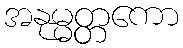
အနုမ္မတ္တကော